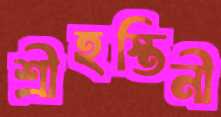
শ্রীহস্তিনী